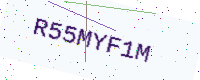
Text: R55MYF1M